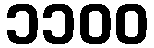
၁၁၀၀